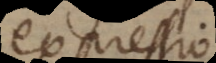
expressio